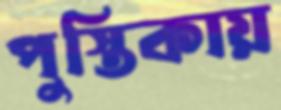
পুস্তিকায়